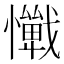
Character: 𢤚